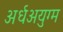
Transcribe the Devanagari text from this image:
अर्धअयुग्म